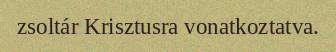
zsoltár Krisztusra vonatkoztatva.